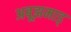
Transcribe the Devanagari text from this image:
अबूझमाड्